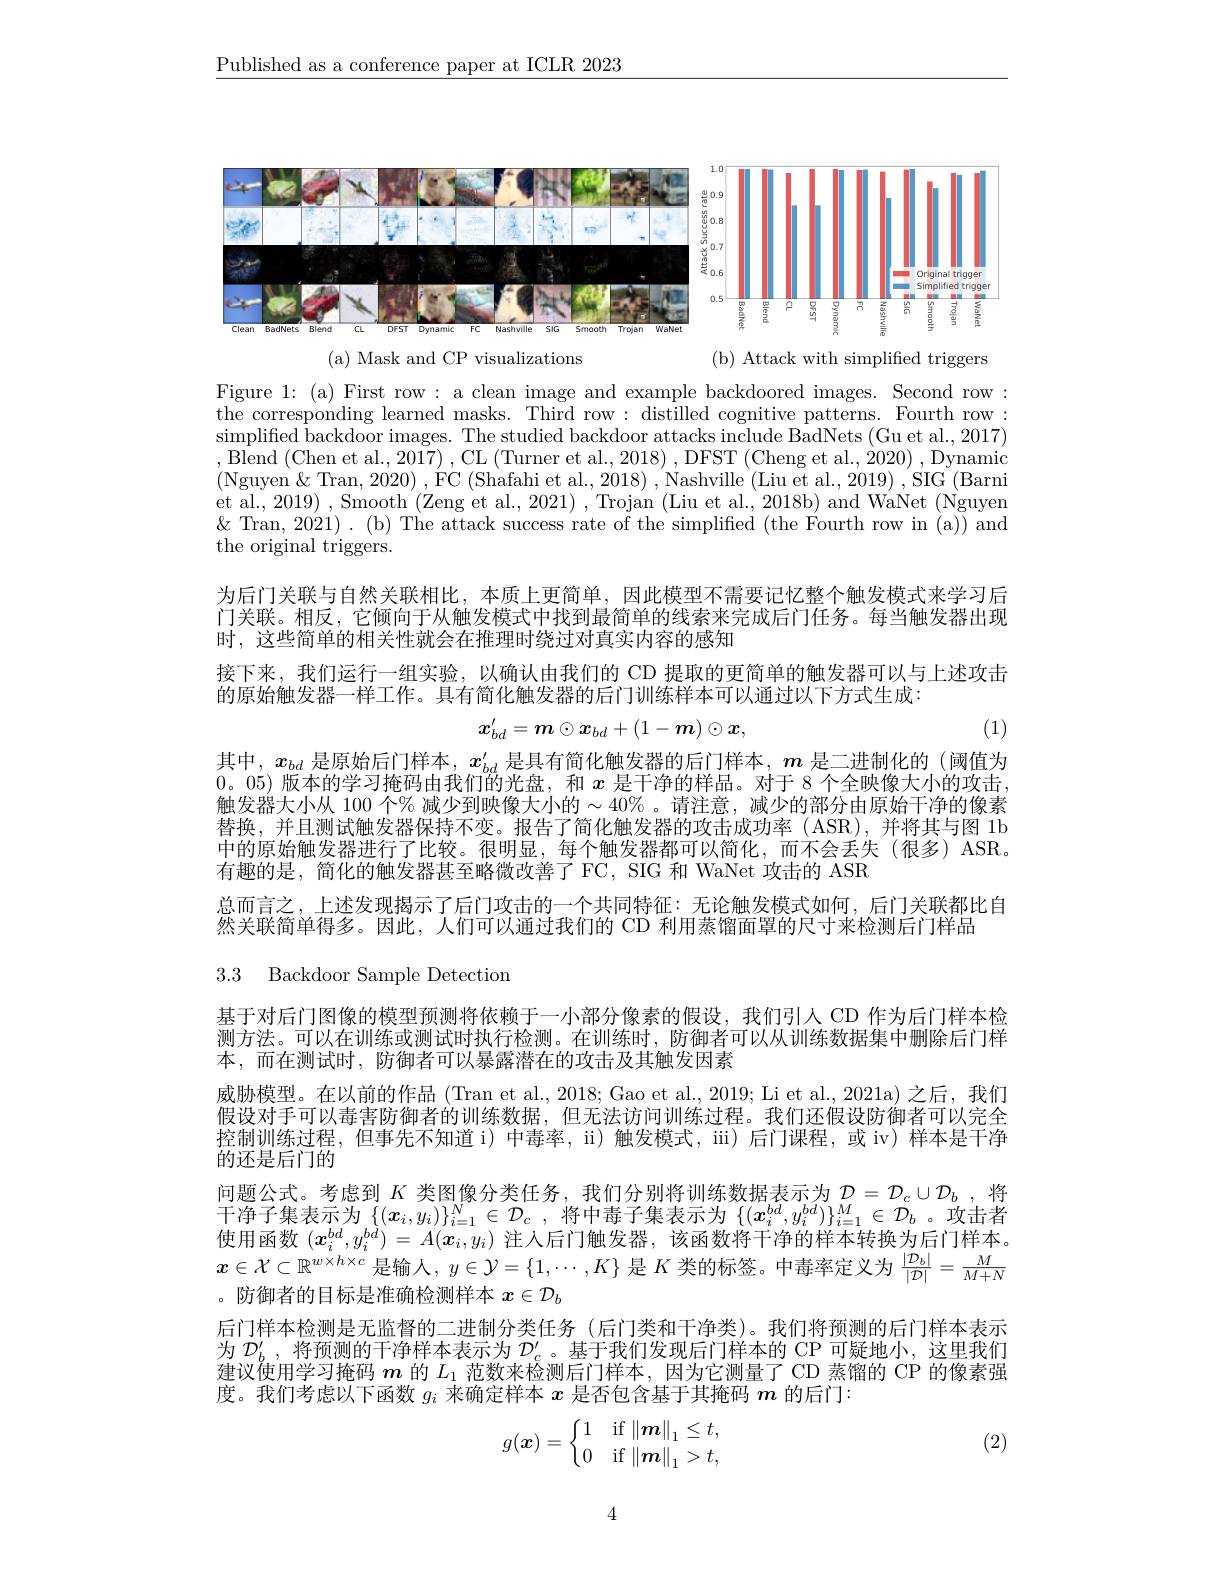
$\underline{\text{Published as a conference paper at ICLR 2023}}$

<FigureHere>

(a) Mask and CP visualizations

(b) Attack with simplified triggers

Figure 1: (a) First row: a clean image and example backdoored images. Second row: the corresponding learned masks. Third row: distilled cognitive patterns. Fourth row: simplified backdoor images. The studied backdoor attacks include BadNets (Gu et al., 2017) ,Blend (Chen et al., 2017) , CL (Turner et al., 2018) , DFST (Cheng et al., 2020) , Dynamic $\left(\mathrm{Nguyen~\&~Tran,~2020)~,~FC~(Shafahi~et~al.,~2018)~,~Nashville~(Liu~et~al.,~2019)~,~SIG~(Barni}\right)$ et al., 2019) , Smooth (Zeng et al., 2021) , Trojan (Liu et al., 2018b) and WaNet (Nguyen $\&$ Tran, 2021). (b) The attack success rate of the simplified (the Fourth row in (a)) and the original triggers.

为后门关联与自然关联相比，本质上更简单，因此模型不需要记忆整个触发模式来学习后门关联。相反，它倾向于从触发模式中找到最简单的线索来完成后门任务。每当触发器出现时，这些简单的相关性就会在推理时绕过对真实内容的感知

接下来，我们运行一组实验，以确认由我们的 CD 提取的更简单的触发器可以与上述攻击
的原始触发器一样工作。具有简化触发器的后门训练样本可以通过以下方式生成：

(1)
$$\boldsymbol{x}_{bd}^{\prime}=\boldsymbol{m}\odot\boldsymbol{x}_{bd}+(1-\boldsymbol{m})\odot\boldsymbol{x},$$
其中，$x_{bd}$是原始后门样本，$x_{bd}^{\prime}$是具有简化触发器的后门样本，$m$是二进制化的 (阈值为0。05)版本的学习掩码由我们的光盘，和$x$是干净的样品。对于 8 个全映像大小的攻击， 触发器大小从 100 个% 减少到映像大小的$\sim40\%$。请注意，减少的部分由原始干净的像素替换，并且测试触发器保持不变。报告了简化触发器的攻击成功率(ASR),并将其与图 1b 中的原始触发器进行了比较。很明显，每个触发器都可以简化，而不会丢失(很多)ASR。有趣的是，简化的触发器甚至略微改善了FC，SIG 和 WaNet 攻击的 ASR
总而言之，上述发现揭示了后门攻击的一个共同特征：无论触发模式如何，后门关联都比自
然关联简单得多。因此，人们可以通过我们的 CD 利用蒸馏面罩的尺寸来检测后门样品

3.3 Backdoor Sample Detection

基于对后门图像的模型预测将依赖于一小部分像素的假设，我们引人 CD 作为后门样本检测方法。可以在训练或测试时执行检测。在训练时，防御者可以从训练数据集中删除后门样本，而在测试时，防御者可以暴露潜在的攻击及其触发因素
威胁模型。在以前的作品 (Tran et al., 2018; Gao et al., 2019; Li et al., 2021a) 之后，我们假设对手可以毒害防御者的训练数据，但无法访问训练过程。我们还假设防御者可以完全控制训练过程，但事先不知道 i) 中毒率，ii) 触发模式，iii) 后门课程，或 iv) 样本是干净的还是后门的
问题公式。考虑到$K$类图像分类任务，我们分别将训练数据表示为$\mathcal{D}=\mathcal{D}_c\cup\mathcal{D}_b$ ,将干 净 子 集 表 示 为 $\{ ( x_i, y_i) \} _{i= 1}^N\in \mathcal{D} _c$ ,将 中 毒 子 集 表 示 为 $\{ ( x_i^{bd}, y_i^{bd}) \} _{i= 1}^M\in \mathcal{D} _b$ 。攻 击 者使用函数$(\boldsymbol{x}_i^{bd},y_i^{bd})=A(\boldsymbol{x}_i,y_i)$注人后门触发器，该函数将干净的样本转换为后门样本。$x\in\mathcal{X}\subset\mathbb{R}^{w\times h\times c}$是输人，$y\in \mathcal{Y} = \{ 1, \cdots , K\}$是$K$类的标签。中毒率定义为$\frac|\mathcal{D}_b|{|\mathcal{D}|}=\frac M{M+N}$ 。防御者的目标是准确检测样本$x\in\mathcal{D}_b$
后门样本检测是无监督的二进制分类任务 (后门类和干净类)。我们将预测的后门样本表示为$\mathcal{D}_b^{\prime}$ ,将预测的干净样本表示为$\mathcal{D}_c^{\prime}$。基于我们发现后门样本的 CP 可疑地小，这里我们建议使用学习掩码$\boldsymbol{m}$的$L_1$范数来检测后门样本，因为它测量了 CD 蒸馏的 CP 的像素强度。我们考虑以下函数$g_i$来确定样本$x$是否包含基于其掩码$m$的后门：
$$g(\boldsymbol{x})=\left\{\begin{matrix}1&\text{if}\left\|\boldsymbol{m}\right\|_1\leq t,\\0&\text{if}\left\|\boldsymbol{m}\right\|_1>t,\end{matrix}\right.$$
(2)

4